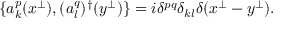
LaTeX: \{ a _ { k } ^ { p } ( x ^ { \perp } ) , ( a _ { l } ^ { q } ) ^ { \dagger } ( y ^ { \perp } ) \} = i \delta ^ { p q } \delta _ { k l } \delta ( x ^ { \perp } - y ^ { \perp } ) .